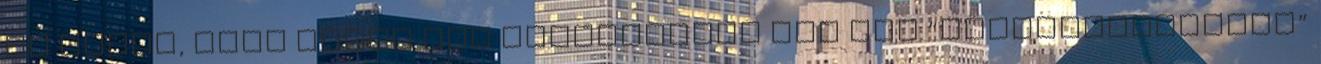
és mondd, hogy Téged nem inspirálnak egy kis “kézműveskedésre”